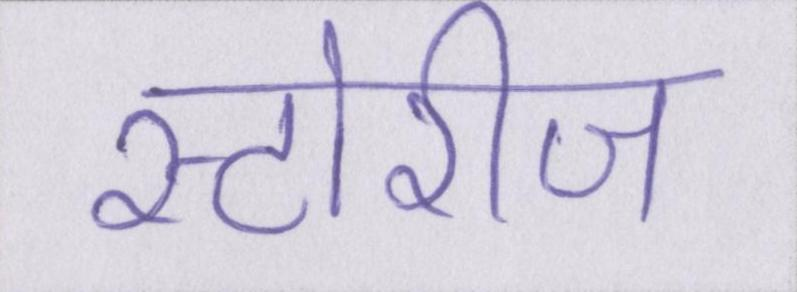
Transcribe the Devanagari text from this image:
स्टोरीज